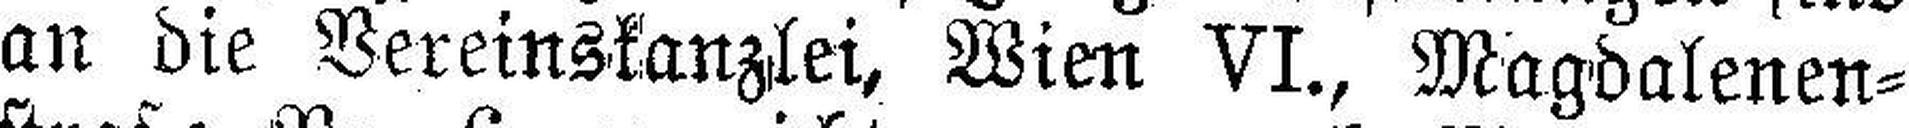
an die Vereinskanzlei, Wien VI., Magdalenen¬